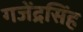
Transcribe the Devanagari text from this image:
गजेंद्रसिंह